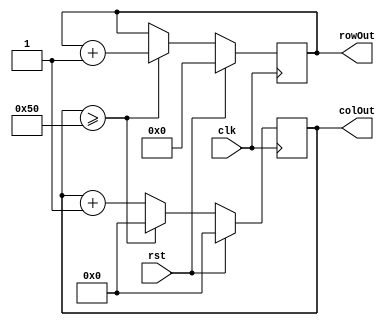
/*
   This file was generated automatically by the Mojo IDE version B1.3.5.
   Do not edit this file directly. Instead edit the original Lucid source.
   This is a temporary file and any changes made to it will be destroyed.
*/

module control_3 (
    input clk,
    input rst,
    output reg [3:0] rowOut,
    output reg [6:0] colOut
  );
  
  
  
  reg [3:0] M_row_d, M_row_q = 1'h0;
  
  reg [6:0] M_col_d, M_col_q = 1'h0;
  
  always @* begin
    M_col_d = M_col_q;
    M_row_d = M_row_q;
    
    M_row_d = M_row_q;
    M_col_d = M_col_q;
    if (M_col_q >= 7'h50) begin
      M_col_d = 1'h0;
      M_row_d = M_row_q + 1'h1;
    end else begin
      M_col_d = M_col_q + 1'h1;
    end
    rowOut = M_row_q;
    colOut = M_col_q;
  end
  
  always @(posedge clk) begin
    if (rst == 1'b1) begin
      M_col_q <= 1'h0;
    end else begin
      M_col_q <= M_col_d;
    end
  end
  
  
  always @(posedge clk) begin
    if (rst == 1'b1) begin
      M_row_q <= 1'h0;
    end else begin
      M_row_q <= M_row_d;
    end
  end
  
endmodule